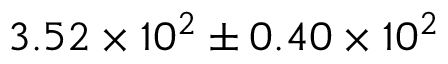
3 . 5 2 \times 1 0 ^ { 2 } \pm { 0 . 4 0 \times 1 0 ^ { 2 } }